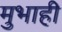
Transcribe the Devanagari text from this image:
मुभाही